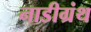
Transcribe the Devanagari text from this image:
नाडीग्रंथ